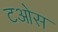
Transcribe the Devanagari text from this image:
टओस